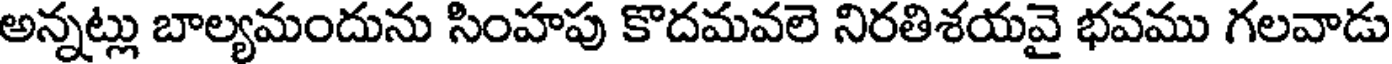
అన్నట్లు బాల్యమందును సింహపు కొదమవలె నిరతిశయవై భవము గలవాడు